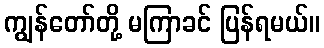
ကျွန်တော်တို့ မကြာခင် ပြန်ရမယ်။